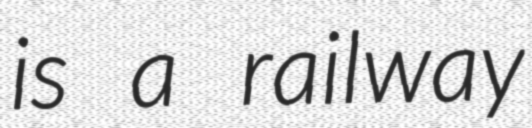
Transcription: is a railway